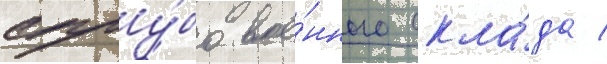
сугу́бо вое́нного скла́да /